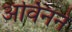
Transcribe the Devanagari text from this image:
अर्विनने